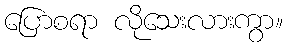
ပြောစရာ လိုသေးလားကွာ။